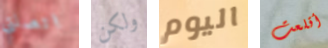
اتصلتي ولكن اليوم أقلعت